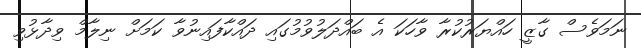
ނަމަވެސް ގާޒީ ހައްޔަރުކުރާ ވާހަކަ އެ ބައްދަލުވުމުގައި ދައްކާފައިނުވާ ކަމަށް ނިލާމް ވިދާޅުވި